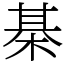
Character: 棊